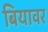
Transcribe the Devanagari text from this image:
बियावर